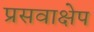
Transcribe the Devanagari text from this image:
प्रसवाक्षेप